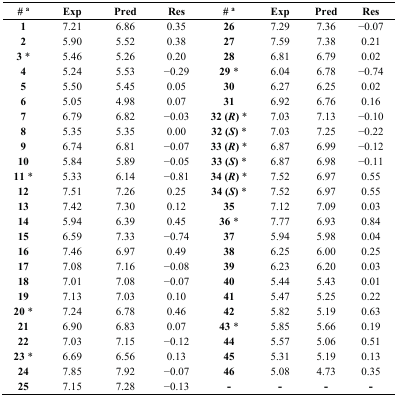
<table><thead><tr><td><b># <sup>a</sup></b></td><td><b>Exp</b></td><td><b>Pred</b></td><td><b>Res</b></td><td><b># <sup>a</sup></b></td><td><b>Exp</b></td><td><b>Pred</b></td><td><b>Res</b></td></tr></thead><tbody><tr><td><b>1</b></td><td>7.21</td><td>6.86</td><td>0.35</td><td><b>26</b></td><td>7.29</td><td>7.36</td><td>−0.07</td></tr><tr><td><b>2</b></td><td>5.90</td><td>5.52</td><td>0.38</td><td><b>27</b></td><td>7.59</td><td>7.38</td><td>0.21</td></tr><tr><td><b>3</b> *</td><td>5.46</td><td>5.26</td><td>0.20</td><td><b>28</b></td><td>6.81</td><td>6.79</td><td>0.02</td></tr><tr><td><b>4</b></td><td>5.24</td><td>5.53</td><td>−0.29</td><td><b>29</b> *</td><td>6.04</td><td>6.78</td><td>−0.74</td></tr><tr><td><b>5</b></td><td>5.50</td><td>5.45</td><td>0.05</td><td><b>30</b></td><td>6.27</td><td>6.25</td><td>0.02</td></tr><tr><td><b>6</b></td><td>5.05</td><td>4.98</td><td>0.07</td><td><b>31</b></td><td>6.92</td><td>6.76</td><td>0.16</td></tr><tr><td><b>7</b></td><td>6.79</td><td>6.82</td><td>−0.03</td><td><b>32 (<i>R</i>)</b> *</td><td>7.03</td><td>7.13</td><td>−0.10</td></tr><tr><td><b>8</b></td><td>5.35</td><td>5.35</td><td>0.00</td><td><b>32 (<i>S</i>)</b> *</td><td>7.03</td><td>7.25</td><td>−0.22</td></tr><tr><td><b>9</b></td><td>6.74</td><td>6.81</td><td>−0.07</td><td><b>33 (<i>R</i>)</b> *</td><td>6.87</td><td>6.99</td><td>−0.12</td></tr><tr><td><b>10</b></td><td>5.84</td><td>5.89</td><td>−0.05</td><td><b>33 (<i>S</i>)</b> *</td><td>6.87</td><td>6.98</td><td>−0.11</td></tr><tr><td><b>11</b> *</td><td>5.33</td><td>6.14</td><td>−0.81</td><td><b>34 (<i>R</i>)</b> *</td><td>7.52</td><td>6.97</td><td>0.55</td></tr><tr><td><b>12</b></td><td>7.51</td><td>7.26</td><td>0.25</td><td><b>34 (<i>S</i>)</b> *</td><td>7.52</td><td>6.97</td><td>0.55</td></tr><tr><td><b>13</b></td><td>7.42</td><td>7.30</td><td>0.12</td><td><b>35</b></td><td>7.12</td><td>7.09</td><td>0.03</td></tr><tr><td><b>14</b></td><td>5.94</td><td>6.39</td><td>0.45</td><td><b>36</b> *</td><td>7.77</td><td>6.93</td><td>0.84</td></tr><tr><td><b>15</b></td><td>6.59</td><td>7.33</td><td>−0.74</td><td><b>37</b></td><td>5.94</td><td>5.98</td><td>0.04</td></tr><tr><td><b>16</b></td><td>7.46</td><td>6.97</td><td>0.49</td><td><b>38</b></td><td>6.25</td><td>6.00</td><td>0.25</td></tr><tr><td><b>17</b></td><td>7.08</td><td>7.16</td><td>−0.08</td><td><b>39</b></td><td>6.23</td><td>6.20</td><td>0.03</td></tr><tr><td><b>18</b></td><td>7.01</td><td>7.08</td><td>−0.07</td><td><b>40</b></td><td>5.44</td><td>5.43</td><td>0.01</td></tr><tr><td><b>19</b></td><td>7.13</td><td>7.03</td><td>0.10</td><td><b>41</b></td><td>5.47</td><td>5.25</td><td>0.22</td></tr><tr><td><b>20</b> *</td><td>7.24</td><td>6.78</td><td>0.46</td><td><b>42</b></td><td>5.82</td><td>5.19</td><td>0.63</td></tr><tr><td><b>21</b></td><td>6.90</td><td>6.83</td><td>0.07</td><td><b>43</b> *</td><td>5.85</td><td>5.66</td><td>0.19</td></tr><tr><td><b>22</b></td><td>7.03</td><td>7.15</td><td>−0.12</td><td><b>44</b></td><td>5.57</td><td>5.06</td><td>0.51</td></tr><tr><td><b>23</b> *</td><td>6.69</td><td>6.56</td><td>0.13</td><td><b>45</b></td><td>5.31</td><td>5.19</td><td>0.13</td></tr><tr><td><b>24</b></td><td>7.85</td><td>7.92</td><td>−0.07</td><td><b>46</b></td><td>5.08</td><td>4.73</td><td>0.35</td></tr><tr><td><b>25</b></td><td>7.15</td><td>7.28</td><td>−0.13</td><td>-</td><td>-</td><td>-</td><td>-</td></tr></tbody></table>